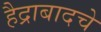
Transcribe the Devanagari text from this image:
हैद्राबादचे